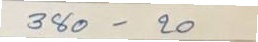
380 - 20